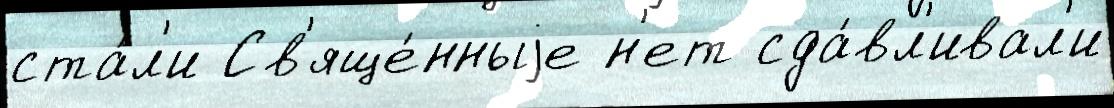
ста́л'и Св'яще́нныjе н'ет сда́вл'ивал'и